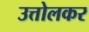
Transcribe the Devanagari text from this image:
उत्तोलकर